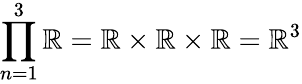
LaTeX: \prod_{n=1}^{3}{\mathbb{R}}=\mathbb{R}\times\mathbb{R}\times\mathbb{R}=\mathbb{R}^{3}